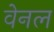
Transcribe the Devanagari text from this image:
वेनल